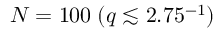
N = 1 0 0 \; ( q \lesssim 2 . 7 5 \AA ^ { - 1 } )